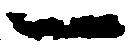
一